65_HS1-834228961_62-HQ-83894_Section_3
Agency: FBI
Page 49
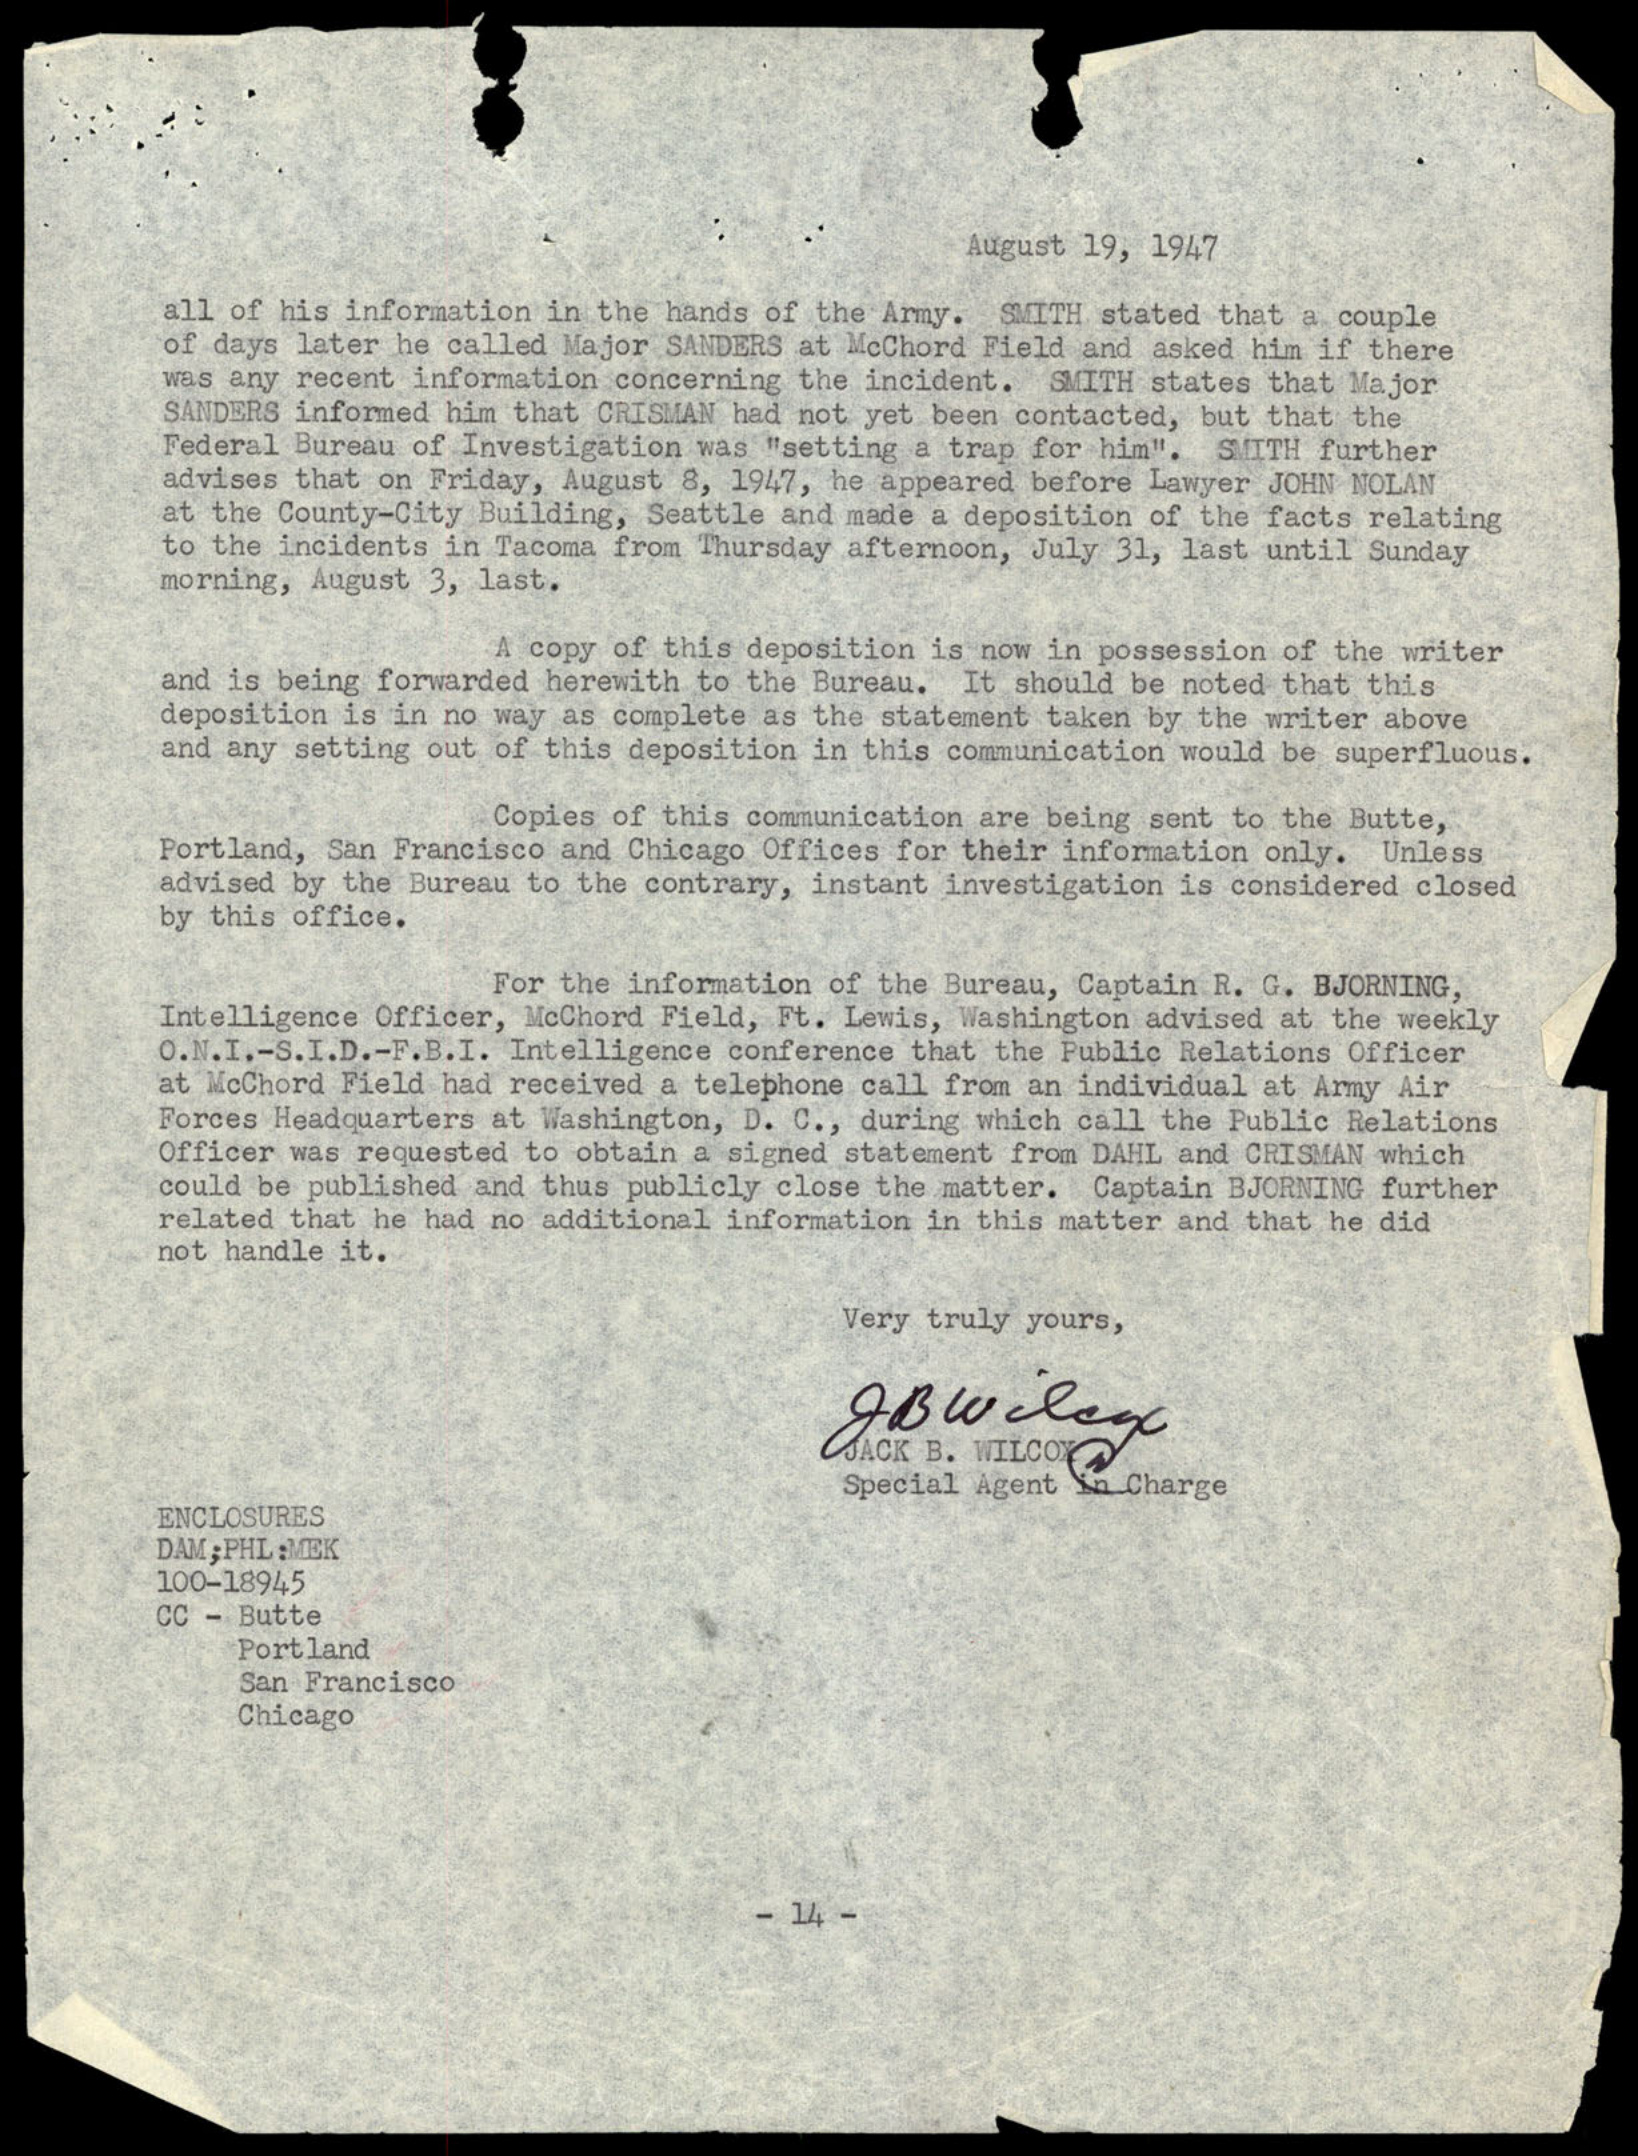